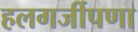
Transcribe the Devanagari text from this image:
हलगर्जीपणा